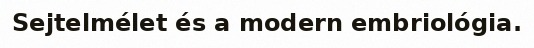
Sejtelmélet és a modern embriológia.